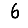
Digit: 6